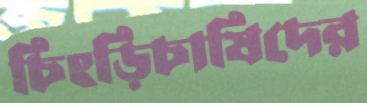
চিংড়িচাষিদের